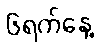
၆ရက်နေ့